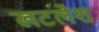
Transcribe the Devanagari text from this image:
खटलेश